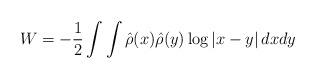
LaTeX: \begin{align*}W= -{1\over 2}\int\int \hat\rho(x)\hat\rho(y) \log\vert x-y\vert\,dxdy\end{align*}